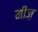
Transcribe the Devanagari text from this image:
मीज़